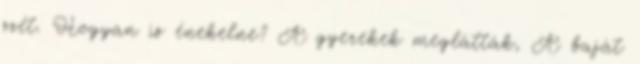
szét. Hogyan is énekelne? A gyerekek meglátták, A baját